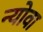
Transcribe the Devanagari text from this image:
न्योवा